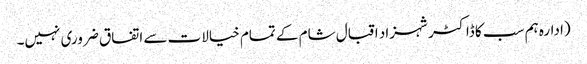
(ادارہ ہم سب کا ڈاکٹر شہزاد اقبال شام کے تمام خیالات سے اتفاق ضروری نہیں۔